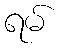
ရမ်